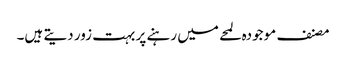
مصنف موجودہ لمحے میں رہنے پر بہت زور دیتے ہیں۔